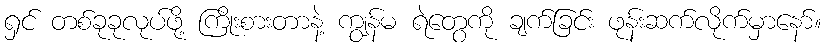
ရှင် တစ်ခုခုလုပ်ဖို့ ကြိုးစားတာနဲ့ ကျွန်မ ရဲတွေကို ချက်ခြင်း ဖုန်းဆက်လိုက်မှာနော်။